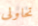
تحاولى